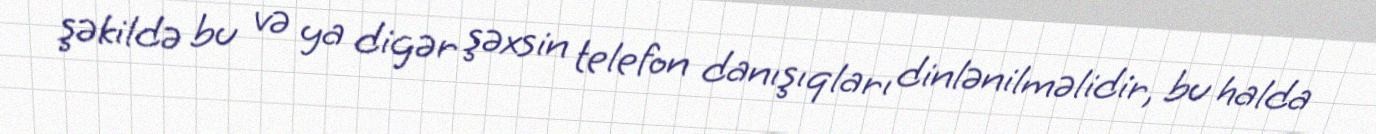
şəkildə bu və ya digər şəxsin telefon danışıqları dinlənilməlidir, bu halda